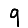
Digit: 9